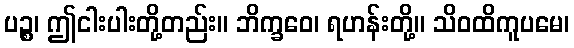
ပဉ္စ၊ ဤငါးပါးတို့တည်း။ ဘိက္ခဝေ၊ ရဟန်းတို့။ သိဝထိကူပမေ၊